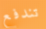
تندفع